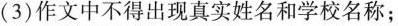
(3)作文中不得出现真实姓名和学校名称；